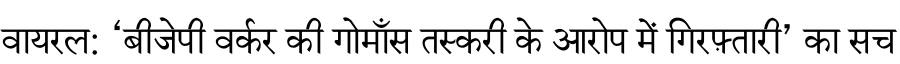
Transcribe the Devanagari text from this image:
वायरल: ‘बीजेपी वर्कर की गोमाँस तस्करी के आरोप में गिरफ़्तारी’ का सच